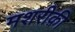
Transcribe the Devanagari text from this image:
मशरीक़ी